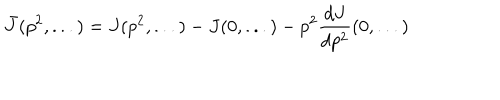
LaTeX: \bar { J } ( p ^ { 2 } , . . . ) = J ( p ^ { 2 } , . . . ) - J ( 0 , . . . ) - p ^ { 2 } \frac { d J } { d p ^ { 2 } } ( 0 , . . . )